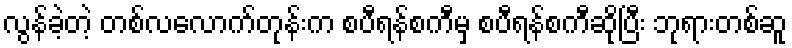
လွန်ခဲ့တဲ့ တစ်လလောက်တုန်းက စပီရန်စကီမှ စပီရန်စကီဆိုပြီး ဘုရားတစ်ဆူ